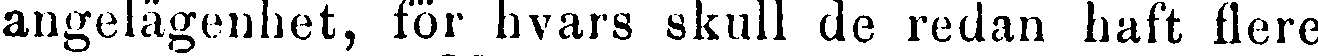
angelägenhet, för hvars skull de redan haft flere